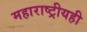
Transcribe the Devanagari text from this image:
महाराष्ट्रीयही